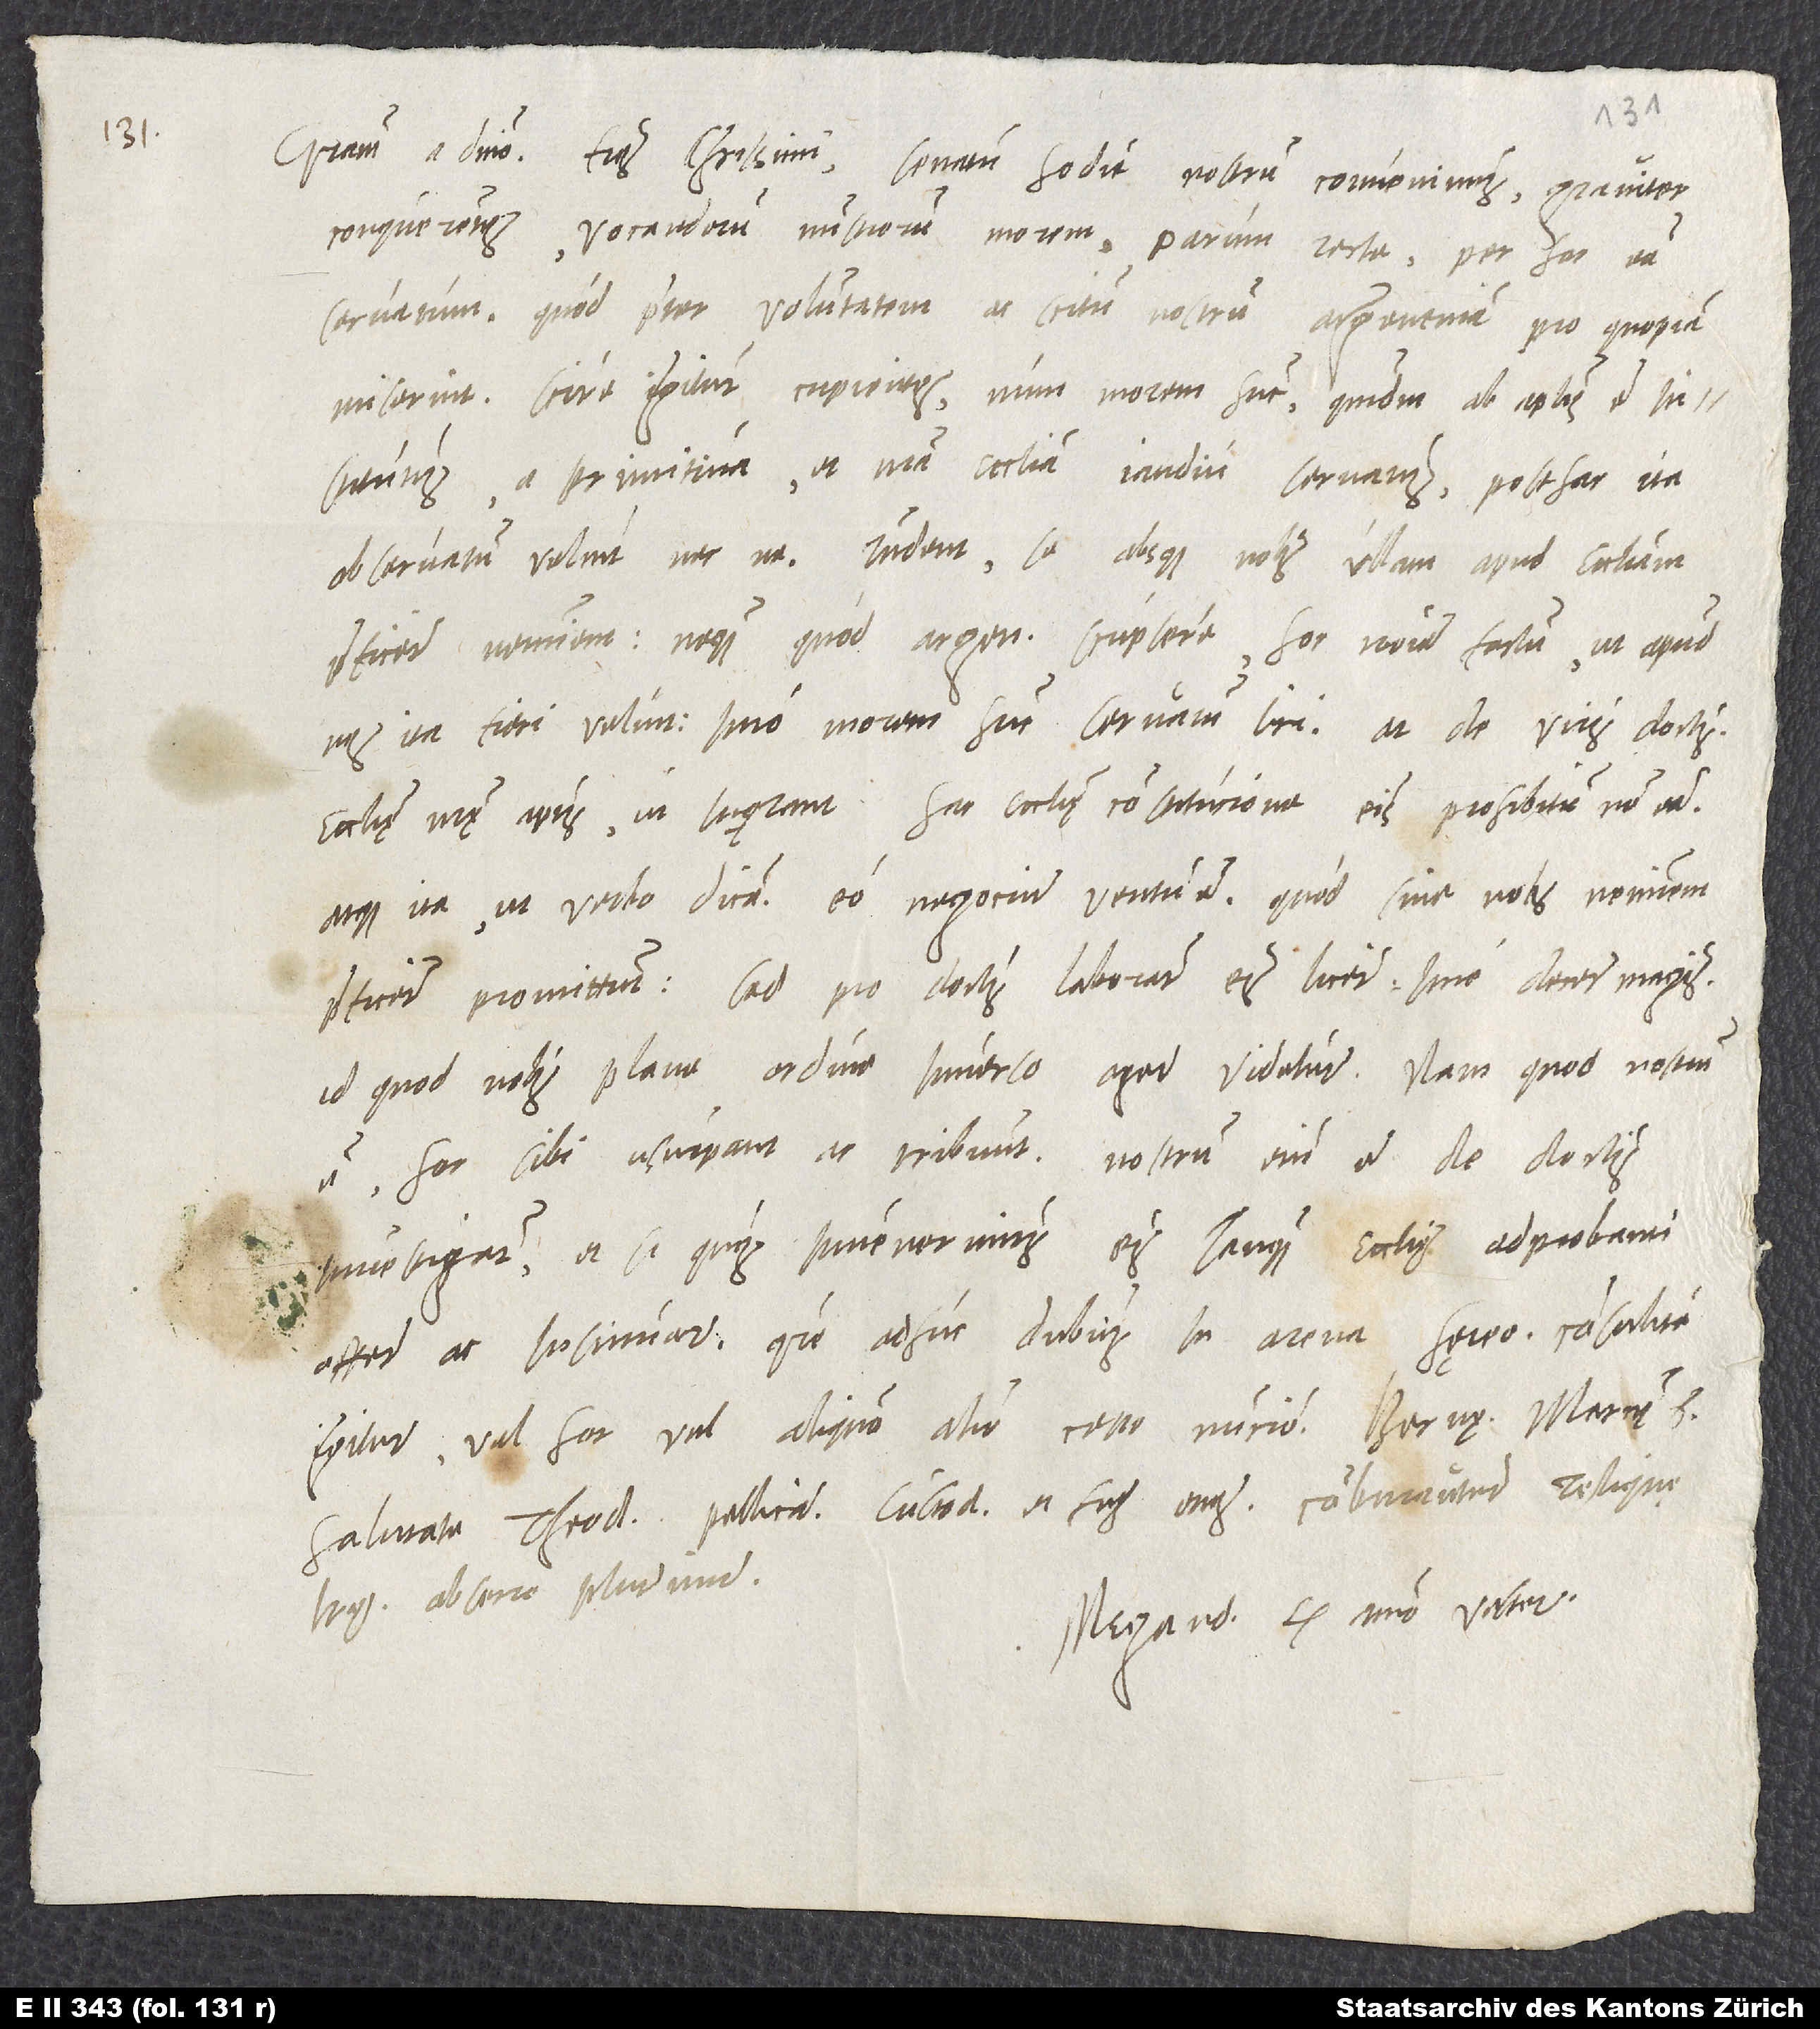
Gratiam a domino. Fratres charissimi, senatum hodie nostrum
convenimus graviter
conquerentes vocandorum ministrorum morem parum
recte per hoc esse
servatum, quod praeter voluntatem ac scitum nostrum Argentinam pro quopiam
miserint, scire igitur cupientes, num morem hunc, quemadmodum ab apostolis est
institutus, a primitiva et nostra ecclesia iandiu servatus, posthac ita
observatum velint necne. Respondent se absque nobis ullam apud ecclesiam
praeficere neminem, neque, quod Argentinam scripsere, hoc nomine factum, ut apud
nos ita fieri velint; imo morem hunc servatum iri. At de viris doctis
ecclesiae nostrae aptis ut inquirant, hac ecclesiae constitutione eis prohibitum non esse.
Atque ita, ut verbo dicam, eo negocium ventum est, quod sine nobis neminem
praeficere promittunt, sed pro doctis laborare eis licere, imo decere magis;
id quod nobis plane ordine inverso agere videtur. Nam quod nostrum
est, hoc sibi usurpant ac tribuunt. Nostrum enim est de doctis
investigare et, si quos invenerimus, eis tanquam ecclesiae adprobanti
offerre ac insinuare. Quare adhuc dubius in arena hereo. Consulite
igitur vel hoc vel aliquo alio certo nuncio. Bernę, marcii 6.
Salutate Theodorum, Pellicanum, custodem et fratres omnes. Comburantur reliquae
literae, obsecro plurimum.
Megand. ex animo vester.